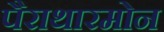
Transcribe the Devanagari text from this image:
पैराथारमोन